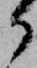
か